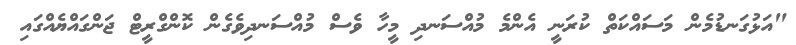
"އަޅުގަނޑުމެން މަސައްކަތް ކުރަނީ އެންމެ މުއްސަނދި މީހާ ވެސް މުއްސަނދިވެގެން ކޮންގްރީޓް ޖަންގައްޔެއްގައި